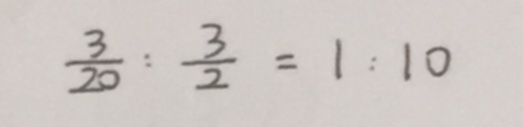
\frac { 3 } { 2 0 } : \frac { 3 } { 2 } = 1 : 1 0